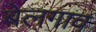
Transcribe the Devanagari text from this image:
बेलगाव